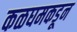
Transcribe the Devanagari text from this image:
कळघमकडून